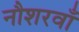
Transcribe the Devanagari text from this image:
नौशरवाँ